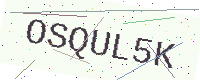
Text: OSQUL5K